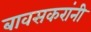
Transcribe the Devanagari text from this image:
बावसकरांनी